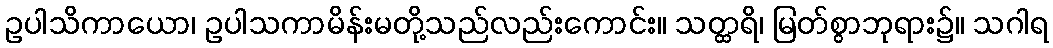
ဥပါသိကာယော၊ ဥပါသကာမိန်းမတို့သည်လည်းကောင်း။ သတ္ထရိ၊ မြတ်စွာဘုရား၌။ သဂါရ